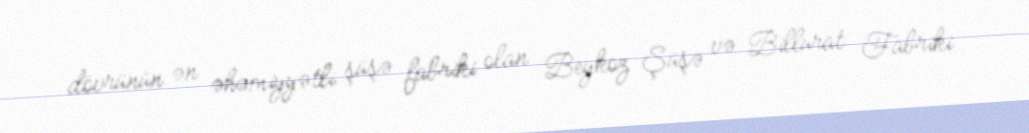
dövrünün ən əhəmiyyətli şüşə fabriki olan Beykoz Şüşə və Billurat Fabriki